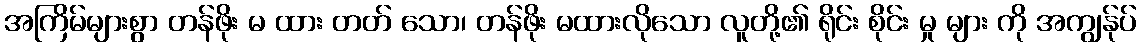
အကြိမ်များစွာ တန်ဖိုး မ ထား တတ် သော၊ တန်ဖိုး မထားလိုသော လူတို့၏ ရိုင်း စိုင်း မှု များ ကို အကျွန်ုပ်